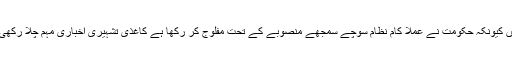
سوشل میڈیا اس کا خاصا اظہار کر رہا ہے عدالت نے بہت کام سنبھال لیے ہیں کیونکہ حکومت نے عملاً کام نظام سوچے سمجھے منصوبے کے تحت مفلوج کر رکھا ہے کاغذی تشہیری اخباری مہم چلا رکھی تھی چلا رکھی ہے عوام کے پیسے سے عوام کو بے وقوف بنانے کا سلسلہ ۔